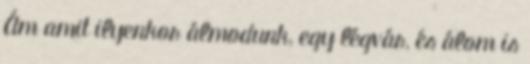
Ám amit ilyenkor álmodunk, egy légvár, és álom is